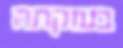
בעזקתה